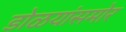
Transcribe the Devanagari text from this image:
डोळयांसमोर